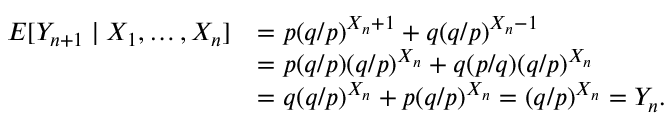
{ \begin{array} { r l } { E [ Y _ { n + 1 } \mid X _ { 1 } , \dots , X _ { n } ] } & { = p ( q / p ) ^ { X _ { n } + 1 } + q ( q / p ) ^ { X _ { n } - 1 } } \\ & { = p ( q / p ) ( q / p ) ^ { X _ { n } } + q ( p / q ) ( q / p ) ^ { X _ { n } } } \\ & { = q ( q / p ) ^ { X _ { n } } + p ( q / p ) ^ { X _ { n } } = ( q / p ) ^ { X _ { n } } = Y _ { n } . } \end{array} }